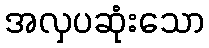
အလှပဆုံးသော